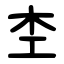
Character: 杢